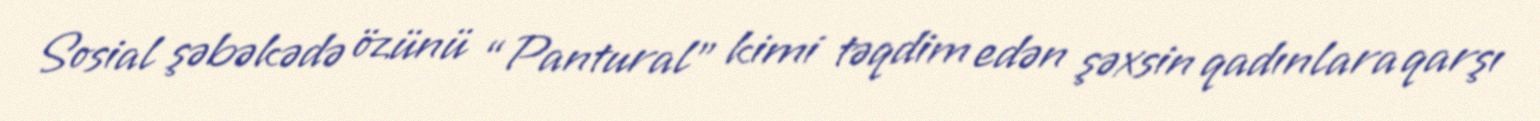
Sosial şəbəkədə özünü “Pantural” kimi təqdim edən şəxsin qadınlara qarşı